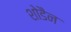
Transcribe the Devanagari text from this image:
शोडैन